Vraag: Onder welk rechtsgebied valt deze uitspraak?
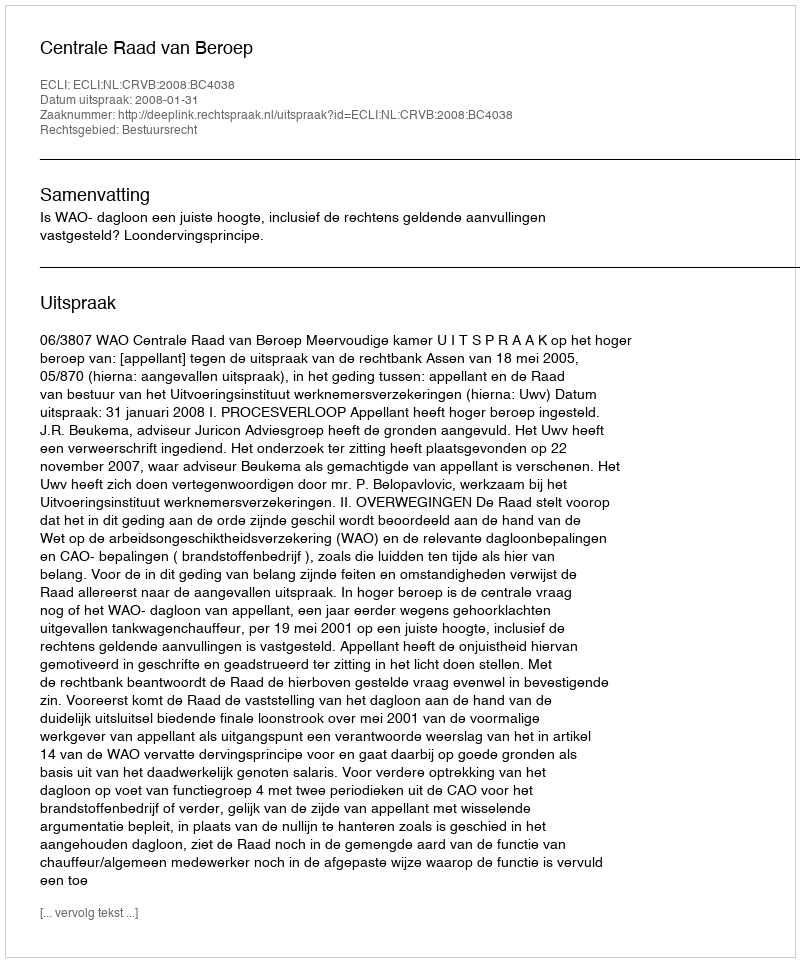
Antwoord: Bestuursrecht